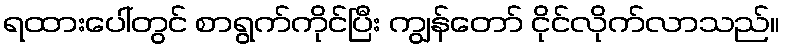
ရထားပေါ်တွင် စာရွက်ကိုင်ပြီး ကျွန်တော် ငိုင်လိုက်လာသည်။